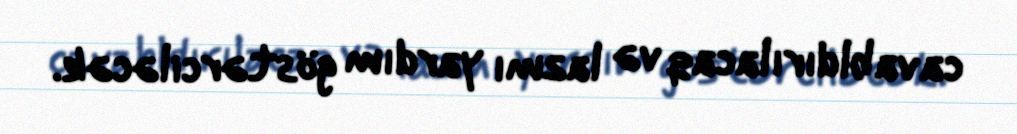
cavabldırılacaq və lazmı yardım göstərciləcək.